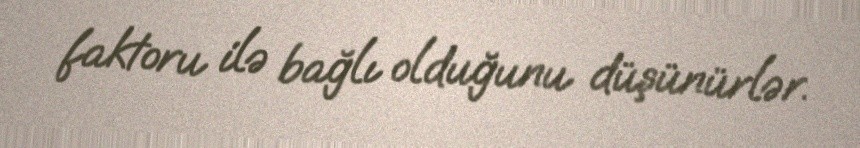
faktoru ilə bağlı olduğunu düşünürlər.